Annual report of the Punjab Veterinary College and of the Civil Veterinary Department, Punjab - 1909-1919
Year: 1909
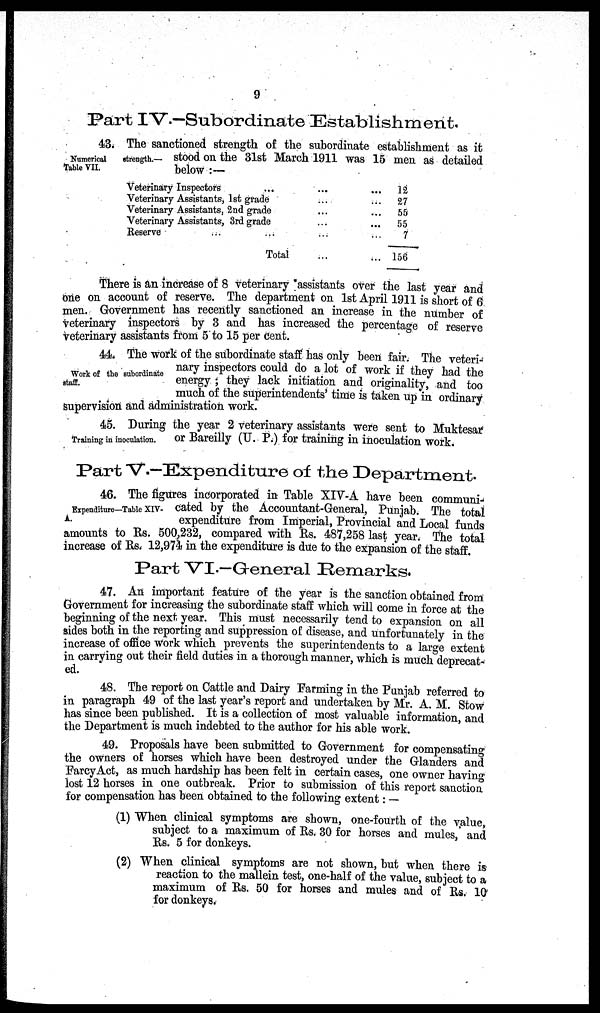
9
Part IV.—Subordinate Establishment.
Numerical
strength.—
Table VII.
43. The sanctioned strength of the subordinate establishment as it
stood on the 31st March 1911 was 15 men as detailed
below:—
Veterinary Inspectors
......
...
Veterinary Assistants, 1st
grade...
...
Veterinary Assistants, 2nd
grade...
...
Veterinary Assistants, 3rd grade ... ...
Reserve ... ... ...
Total...
12
27
55
55
7
156
There is an increase of 8 veterinary assistants over the last year and
one on account of reserve. The department on 1st April 1911 is short of 6
men. Government has recently sanctioned an increase in the number of
veterinary inspectors by 3 and has increased the percentage of reserve
veterinary assistants from 5 to 15 per cent.
Work of the subordinate
staff.
44. The work of the subordinate staff has only been fair. The veteri-
nary inspectors could do a lot of work if they had the
energy; they lack initiation and originality, and too
much of the superintendents' time is taken up in ordinary
supervision and administration work.
Training in inoculation.
45. During the year 2 veterinary assistants were sent to Muktesar
or Bareilly (U. P.) for training in inoculation work.
Part V.-Expenditure of the Department.
Expenditure—Table XIV-
A.
46. The figures incorporated in Table XIV-A have been communi-
cated by the Accountant-General, Punjab. The total
expenditure from Imperial, Provincial and Local funds
amounts to Rs. 500,232, compared with Rs. 487,258 last year. The total
increase of Rs. 12,974 in the expenditure is due to the expansion of the staff
Part VI.—General Remarks.
47. An important feature of the year is the sanction obtained from
Government for increasing the subordinate staff which will come in force at the
beginning of the next year. This must necessarily tend to expansion on all
sides both in the reporting and suppression of disease, and unfortunately in the
increase of office work which prevents the superintendents to a large extent
in carrying out their field duties in a thorough manner, which is much deprecat-
ed.
48. The report on Cattle and Dairy Farming in the Punjab referred to
in paragraph 49 of the last year's report and undertaken by Mr. A. M. Stow
has since been published. It is a collection of most valuable information and
the Department is much indebted to the author for his able work.
49. Proposals have been submitted to Government for compensating
the owners of horses which have been destroyed under the Glanders and
Farcy Act, as much hardship has been felt in certain cases, one owner having
lost 12 horses in one outbreak. Prior to submission of this report sanction
for compensation has been obtained to the following extent:—
(1) When clinical symptoms are shown, one-fourth of the value
subject to a maximum of Rs. 30 for horses and mules, and
Rs. 5 for donkeys.
(2) When clinical symptoms are not shown, but when there is
reaction to the mallein test, one-half of the value, subject to a
maximum of Rs. 50 for horses and mules and of Rs. 10
for donkeys.